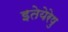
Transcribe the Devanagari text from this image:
इतेयेरेषु